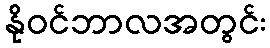
နိုဝင်ဘာလအတွင်း